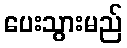
ပေးသွားမည်